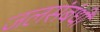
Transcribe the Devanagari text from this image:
जलसंबंधी